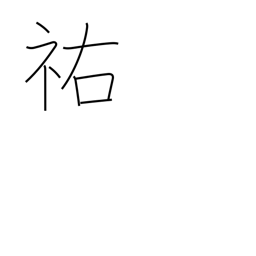
Meaning: help